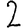
Digit: 2